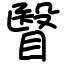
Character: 瞖